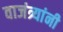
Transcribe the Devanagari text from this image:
वाजंत्र्यांनी